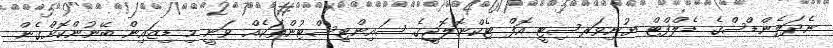
ނެދަލެންޑްސްގެ ޑެލްފްޓް ޔުނިވަރސިޓީ އޮފް ޓެކްނޮލޮޖީގެ ސައިންޓިސްޓުންތަކެއް ވަނީ މި ޑިޒައިން ބޭނުންކޮށްގެން